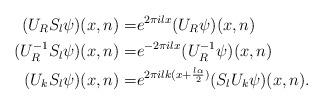
LaTeX: \begin{align*}(U_RS_l\psi)(x, n)=&e^{2\pi i lx}(U_R\psi)(x, n) \\(U_{R}^{-1}S_l\psi)(x, n)=&e^{-2\pi i lx}(U_{R}^{-1}\psi)(x, n) \\(U_{k}S_l\psi)(x, n)=&e^{2\pi i lk(x+\frac{l\alpha}{2})}(S_lU_{k}\psi)(x, n). \end{align*}